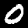
Label: 0